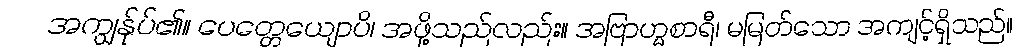
အကျွန်ုပ်၏။ ပေတ္တေယျောပိ၊ အဖို့သည်လည်း။ အဗြာဟ္မစာရီ၊ မမြတ်သော အကျင့်ရှိသည်။